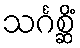
သင်္ဂစ္ဆိံ